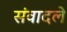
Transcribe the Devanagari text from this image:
संवादले